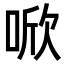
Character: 𪡗